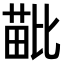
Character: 𣬍